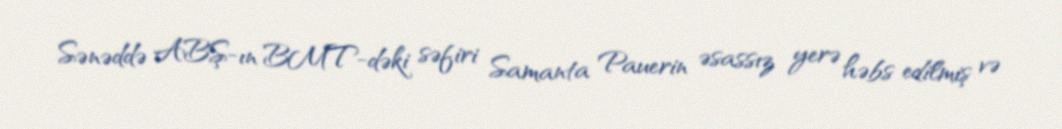
Sənəddə ABŞ-ın BMT-dəki səfiri Samanta Pauerin əsassız yerə həbs edilmiş və